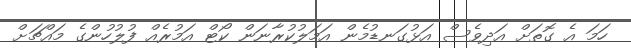
ހަމަ އެ ގޮތަށް އަދިވެސް އަޅުގަނޑުމެން އަމަލުކުރާނަން ކޯޓް އަމުރެއް ފުލުހުންގެ މައްޗަށް